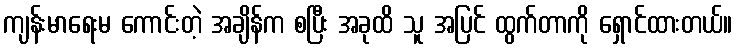
ကျန်းမာရေးမ ကောင်းတဲ့ အချိန်က စပြီး အခုထိ သူ အပြင် ထွက်တာကို ရှောင်ထားတယ်။